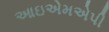
આઇએમએપી